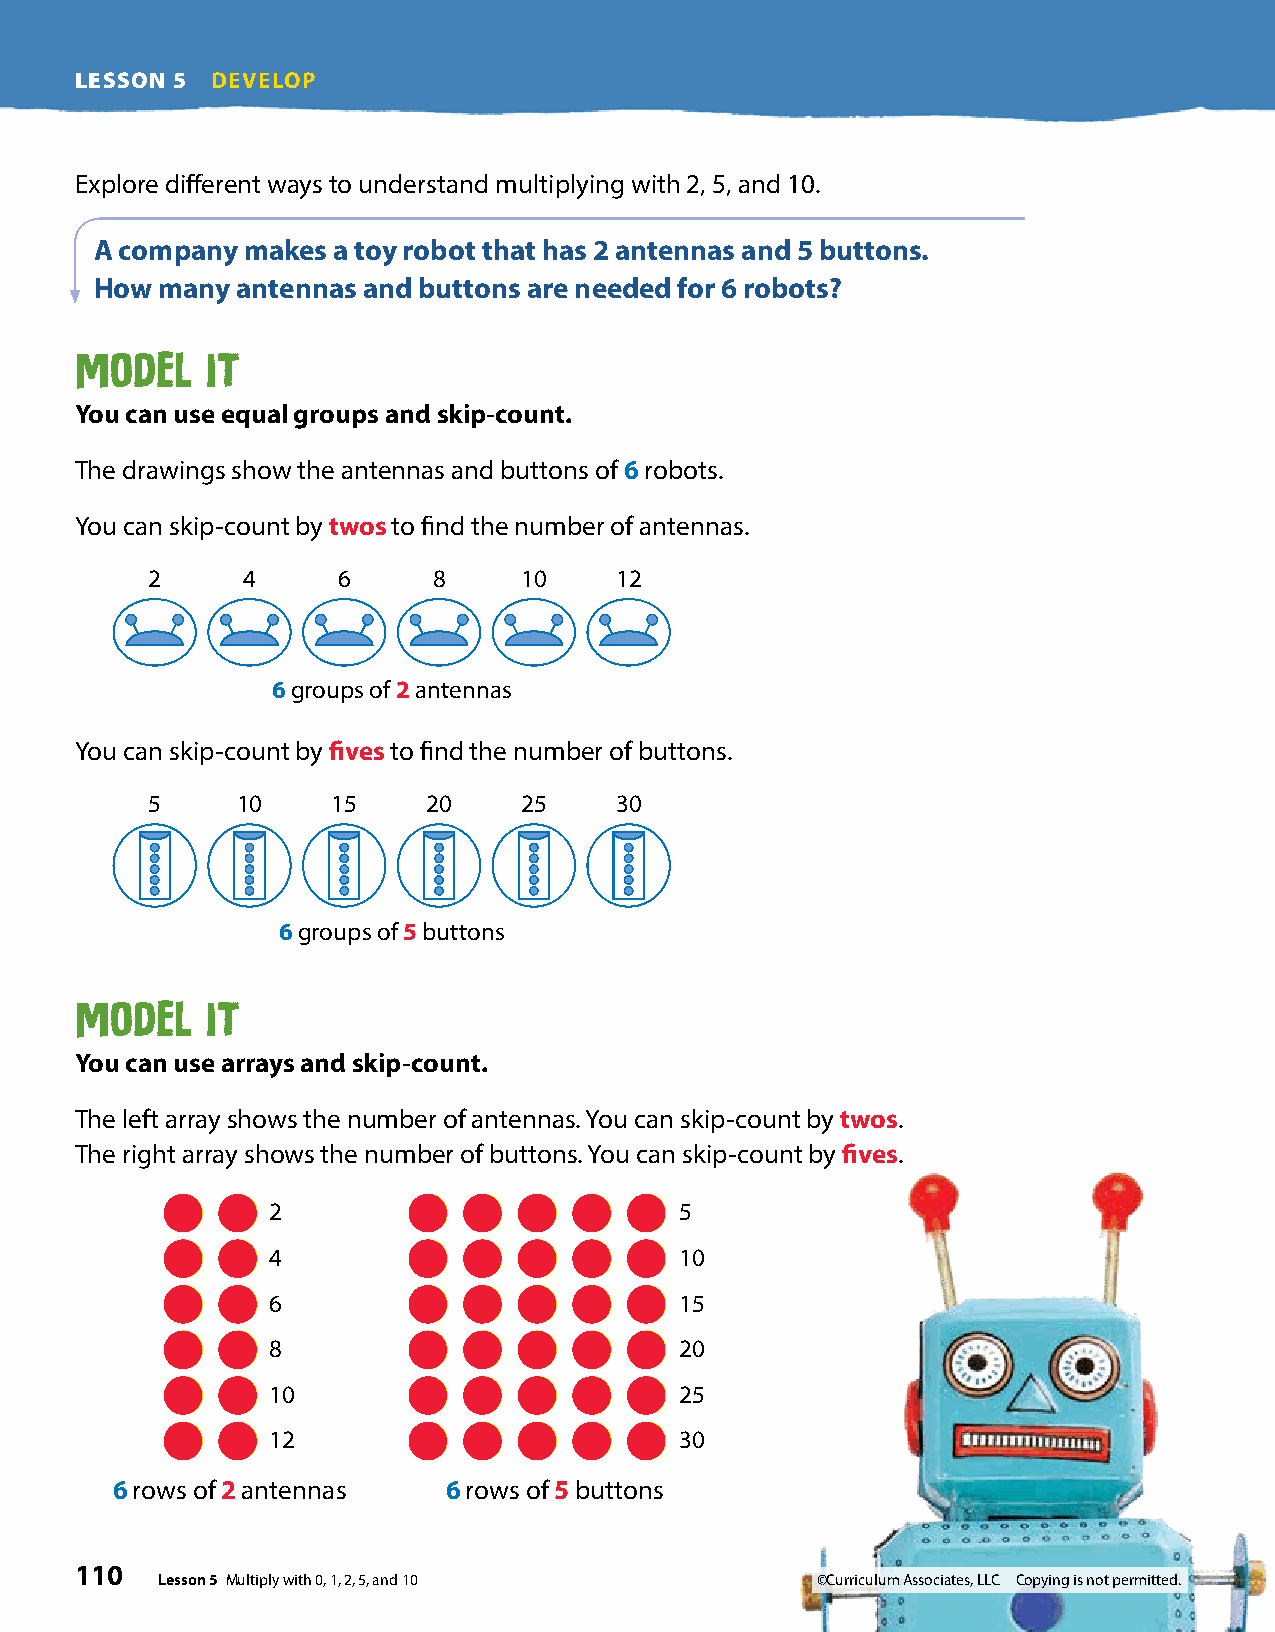
LESSON 5 DEVELOP
 Explore different ways to understand multiplying with 2, 5, and 10.
 A company makes a toy robot that has 2 antennas and 5 buttons .
 How many  antennas and buttons are needed for 6 robots?
 Model    It
 You can use equal groups and skip-count .
 The drawings show the antennas and buttons of 6 robots.
 You can skip-count by twos to find the number of antennas.
 2     4     6      8    10     12
 6 groups of 2 antennas
 You can skip-count by fives to find the number of buttons.
 5     10    15    20    25     30
 6 groups of 5 buttons
 Model    It
 You can use arrays and skip-count .
 The left array shows the number of antennas. You can skip-count by twos.
 The right array shows the number of buttons. You can skip-count by fives.
 2                          5
 4                          10
 6                          15
 8                          20
 10                         25
 12                         30
 6 rows of 2 antennas   6 rows of 5 buttons
 110
 Lesson 5 Multiply with 0, 1, 2, 5, and 10   ©Curriculum Associates, LLC Copying is not permitted.